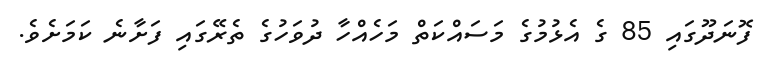
ފޮނަދޫގައި 85 ގެ އެޅުމުގެ މަސައްކަތް މަހެއްހާ ދުވަހުގެ ތެރޭގައި ފަށާނެ ކަމަށެވެ.